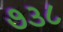
૭૩૮